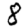
Digit: 8